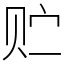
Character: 贮